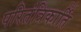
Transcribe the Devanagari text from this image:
परितंत्रिकार्ति